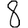
Digit: 8